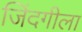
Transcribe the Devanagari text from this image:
जिंदगीला